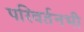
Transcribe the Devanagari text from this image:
परिवर्तनभी